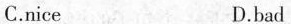
C.nice D.bad